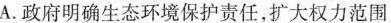
A.征服明确生态环境保护责任，扩大权利范围